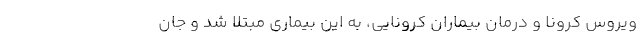
ویروس کرونا و درمان بیماران کرونایی، به این بیماری مبتلا شد و جان